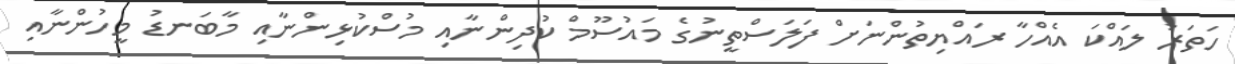
ހަތަރު ލައްކަ އެއްހާ ރައްޔިތުންނަށް ފަލަސްތީނުގެ މައުސޫމް ކުދިންނާއި މުސްކުޅިންނާއި މާބަނޑު މީހުންނާއި